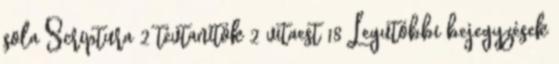
sola Scriptura 2 tévtanítók 2 vitaest 18 Legutóbbi bejegyzések